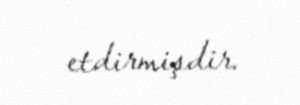
etdirmişdir.